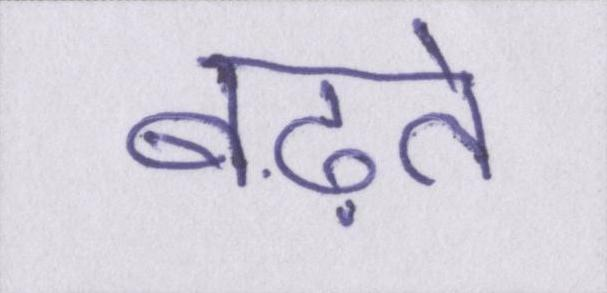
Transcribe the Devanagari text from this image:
बढ़ते